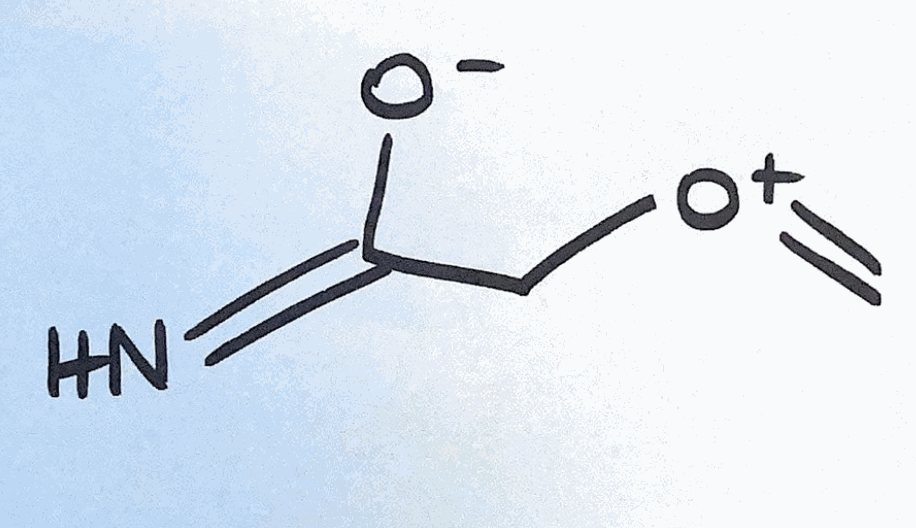
Simplified molecular-input line-entry system (SMILES) notation of the given molecule:
C=[O+]CC(=N)[O-]